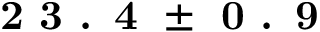
\textbf { 2 3 . 4 } \pm \textbf { 0 . 9 }